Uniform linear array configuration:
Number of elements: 32
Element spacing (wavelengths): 0.75
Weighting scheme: uniform
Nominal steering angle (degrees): -30
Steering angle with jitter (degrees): -31.046
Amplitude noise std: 0.05
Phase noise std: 0.05

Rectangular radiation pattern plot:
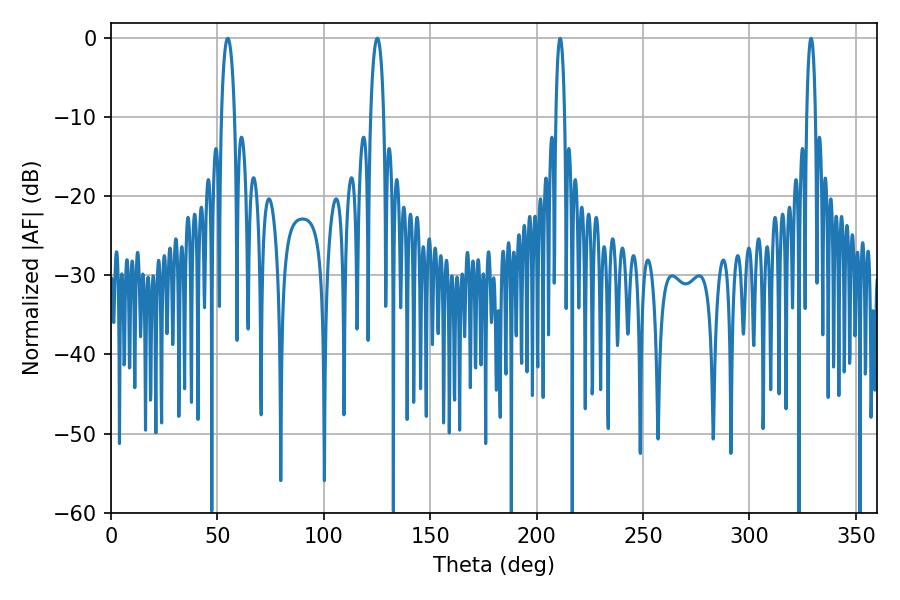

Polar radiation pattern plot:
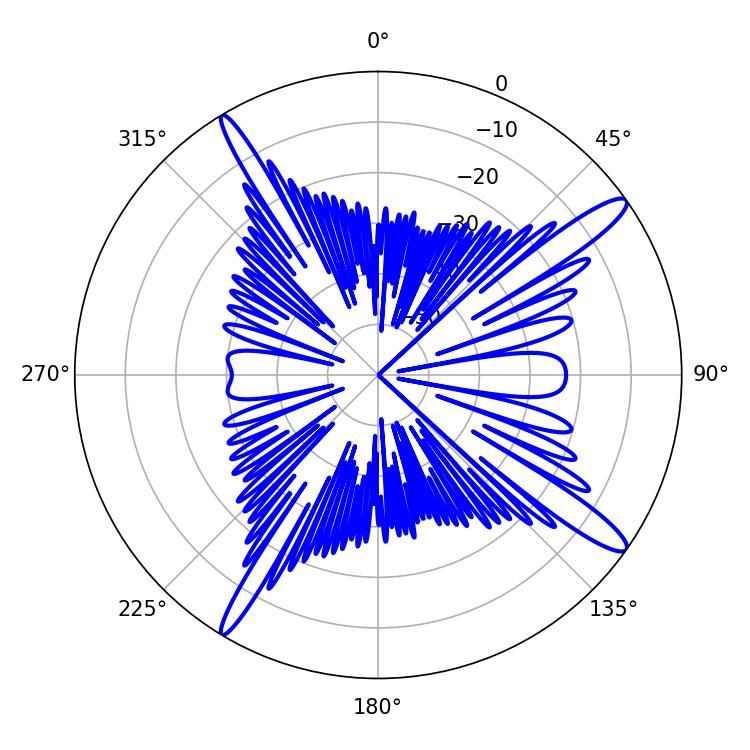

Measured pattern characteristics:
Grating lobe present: TRUE
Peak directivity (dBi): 14.669
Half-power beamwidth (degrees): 3.6
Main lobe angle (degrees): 54.9